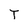
Character: T